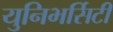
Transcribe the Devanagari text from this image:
युनिभर्सिटी